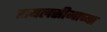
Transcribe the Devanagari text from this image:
रायलसीमाच्या